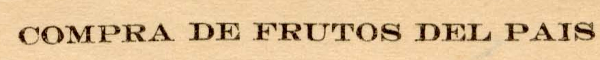
COMPRA DE FRUTOS DEL PAIS